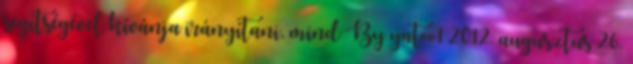
segítségével kívánja irányítani, mind By yatoo1 2012. augusztus 26.